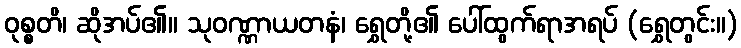
ဝုစ္စတိ၊ ဆိုအပ်၏။ သုဝဏ္ဏာယတနံ၊ ရွှေတို့၏ ပေါ်ထွက်ရာအရပ် (ရွှေတွင်း။)